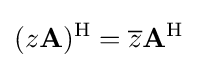
(z\mathbf {A} )^{\mathrm {H} }={\overline {z}}\mathbf {A} ^{\mathrm {H} }